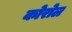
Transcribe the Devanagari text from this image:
कोरोल